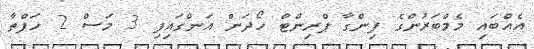
އެއްބައި މެމްބަރުންގެ ފިންގާ ޕްރިންޓް ހޯދަން އަންގައިފި 3 މަސް 2 ހަފްތާ